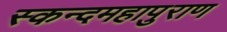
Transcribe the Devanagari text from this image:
स्कन्दमहापुराण